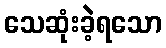
သေဆုံးခဲ့ရသော